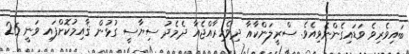
ބައިވެރިވެ ވަޑައިގެންނެވިއެވެ. ސްރީލަންކާއާ ދިވެހިރާއްޖެއާ ދެމެދު ސިޔާސީ ގުޅުން ޤާއިމުކޮށްފައި ވަނީ 26